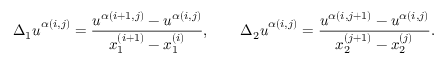
{ \Delta _ { 1 } u } ^ { \alpha ( i , j ) } = \frac { u ^ { \alpha ( i + 1 , j ) } - u ^ { \alpha ( i , j ) } } { x _ { 1 } ^ { ( i + 1 ) } - x _ { 1 } ^ { ( i ) } } , \qquad { \Delta _ { 2 } u } ^ { \alpha ( i , j ) } = \frac { u ^ { \alpha ( i , j + 1 ) } - u ^ { \alpha ( i , j ) } } { x _ { 2 } ^ { ( j + 1 ) } - x _ { 2 } ^ { ( j ) } } .